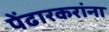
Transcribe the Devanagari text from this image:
पेंढारकरांना